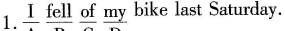
1. \underline{I fell of my} bike last Saturday.